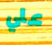
علي